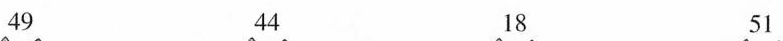
49 44 18 51